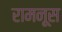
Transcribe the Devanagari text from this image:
रामनूस